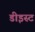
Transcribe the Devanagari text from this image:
डीइस्ट